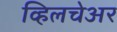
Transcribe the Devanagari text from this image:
व्हिलचेअर